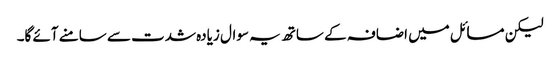
لیکن مسائل میں اضافہ کے ساتھ یہ سوال زیادہ شدت سے سامنے آئے گا۔